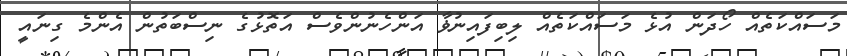
މަސައްކަތެއް ހޯދަން އުޅެ މަސައްކަތެއް ލިބިފައިނުޥާ އަންހެނުންވެސް އަތޮޅުގެ ނިސްބަތުން އެންމެ ގިނައީ